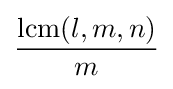
\operatorname {lcm} (l,m,n) \over m